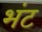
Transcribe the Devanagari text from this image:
भंट